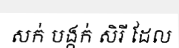
សក់ បង្កក់ សិរី ដែល